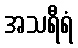
အသရီရံ